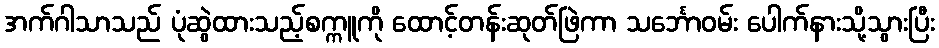
အက်ဂါသာသည် ပုံဆွဲထားသည့်စက္ကူကို ထောင့်တန်းဆုတ်ဖြဲကာ သင်္ဘောဝမ်း ပေါက်နားသို့သွားပြီး